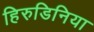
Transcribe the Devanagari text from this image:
हिरुडिनिया